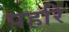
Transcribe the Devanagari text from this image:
पहरि